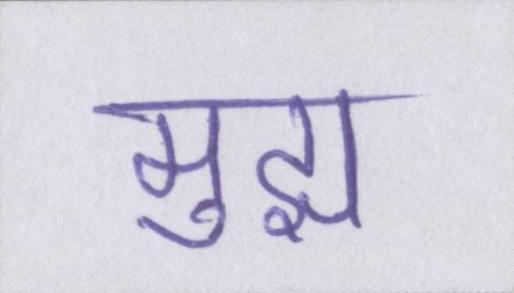
मुझ